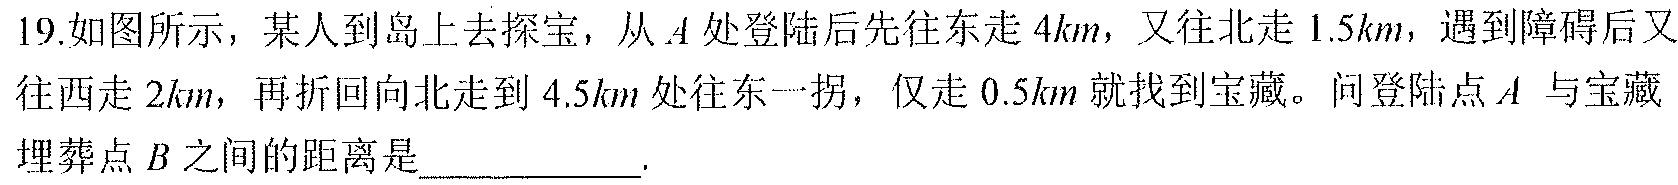
19.如图所示，某人到岛上去探宝，从\(A\)处登陆后先往东走\(4km\)，又往北走\(1.5km\)，遇到障碍后又往西走\(2km\)，再折回向北走到\(4.5km\)处往东一拐，仅走\(0.5km\)就找到宝藏。问登陆点\(A\) 与宝藏埋葬点\(B\)之间的距离是____________.